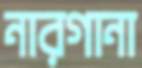
নারগানা